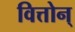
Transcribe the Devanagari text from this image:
वित्तोन्